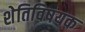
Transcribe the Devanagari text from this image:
शेतिविषयक